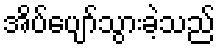
အိပ်ပျော်သွားခဲ့သည်